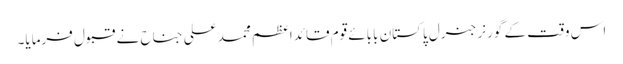
اس وقت کے گورنر جنرل پاکستان بابائے قوم قائداعظم محمد علی جناح نے قبول فرمایا۔